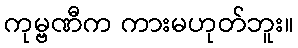
ကုမ္ဗဏီက ကားမဟုတ်ဘူး။